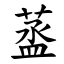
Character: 䕄